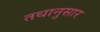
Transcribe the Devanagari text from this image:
तथानुसार